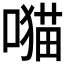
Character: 𫫯